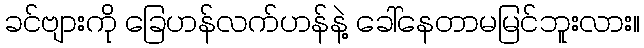
ခင်ဗျားကို ခြေဟန်လက်ဟန်နဲ့ ခေါ်နေတာမမြင်ဘူးလား။